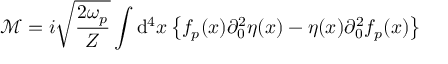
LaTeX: { \mathcal { M } } = i { \sqrt { \frac { 2 \omega _ { p } } { Z } } } \int \mathrm { d } ^ { 4 } x \left\{ f _ { p } ( x ) \partial _ { 0 } ^ { 2 } \eta ( x ) - \eta ( x ) \partial _ { 0 } ^ { 2 } f _ { p } ( x ) \right\}